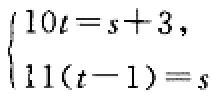
$\begin{cases}10t = s + 3,\\11(t - 1)=s\end{cases}$